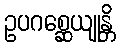
ဥပဂစ္ဆေယျုန္တိ